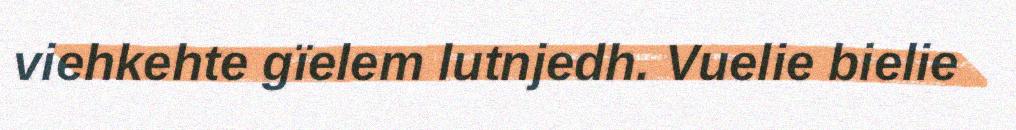
viehkehte gïelem lutnjedh. Vuelie bielie